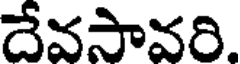
దేవసావరి.